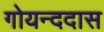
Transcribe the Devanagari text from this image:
गोयन्ददास